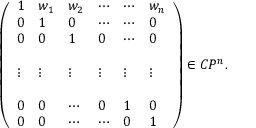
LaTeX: \left( \begin{array} { l l l l l l } { { 1 } } & { { w _ { 1 } } } & { { w _ { 2 } } } & { { \cdots } } & { { \cdots } } & { { w _ { n } } } \\ { { 0 } } & { { 1 } } & { { 0 } } & { { \cdots } } & { { \cdots } } & { { 0 } } \\ { { 0 } } & { { 0 } } & { { 1 } } & { { 0 } } & { { \cdots } } & { { 0 } } \\ { { } } & { { } } & { { } } & { { } } & { { } } & { { } } \\ { { \vdots } } & { { \vdots } } & { { \vdots } } & { { \vdots } } & { { \vdots } } & { { \vdots } } \\ { { } } & { { } } & { { } } & { { } } & { { } } & { { } } \\ { { 0 } } & { { 0 } } & { { \cdots } } & { { 0 } } & { { 1 } } & { { 0 } } \\ { { 0 } } & { { 0 } } & { { \cdots } } & { { \cdots } } & { { 0 } } & { { 1 } } \end{array} \right) \in C P ^ { n } .